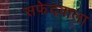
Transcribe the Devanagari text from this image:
सफेदवाला